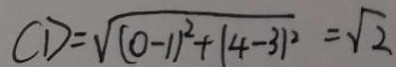
C D = \sqrt { ( 0 - 1 ) ^ { 2 } + ( 4 - 3 ) ^ { 2 } } = \sqrt { 2 }